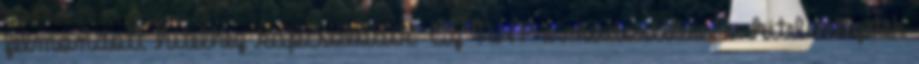
felmondott hitelhez kapcsolódik. Az NHP e módosítása a hitelintézetek